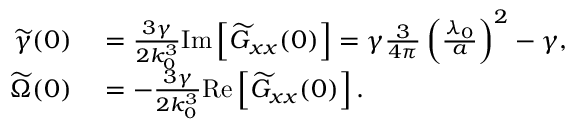
\begin{array} { r l } { \widetilde \gamma ( 0 ) } & { { } = \frac { 3 \gamma } { 2 k _ { 0 } ^ { 3 } } \mathrm { I m } \left[ \widetilde G _ { x x } ( 0 ) \right] = \gamma \frac { 3 } { 4 \pi } \left( \frac { \lambda _ { 0 } } { a } \right) ^ { 2 } - \gamma , } \\ { \widetilde \Omega ( 0 ) } & { { } = - \frac { 3 \gamma } { 2 k _ { 0 } ^ { 3 } } \mathrm { R e } \left[ \widetilde G _ { x x } ( 0 ) \right] . } \end{array}